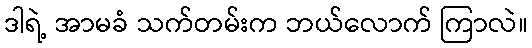
ဒါရဲ့ အာမခံ သက်တမ်းက ဘယ်လောက် ကြာလဲ။